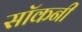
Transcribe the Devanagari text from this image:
सॉकनी